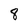
Character: 8